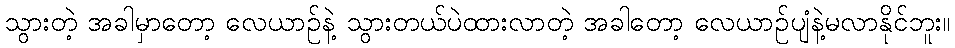
သွားတဲ့ အခါမှာတော့ လေယာဉ်နဲ့ သွားတယ်ပဲထားလာတဲ့ အခါတော့ လေယာဉ်ပျံနဲ့မလာနိုင်ဘူး။